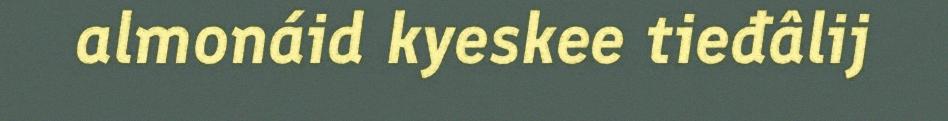
almonáid kyeskee tieđâlij